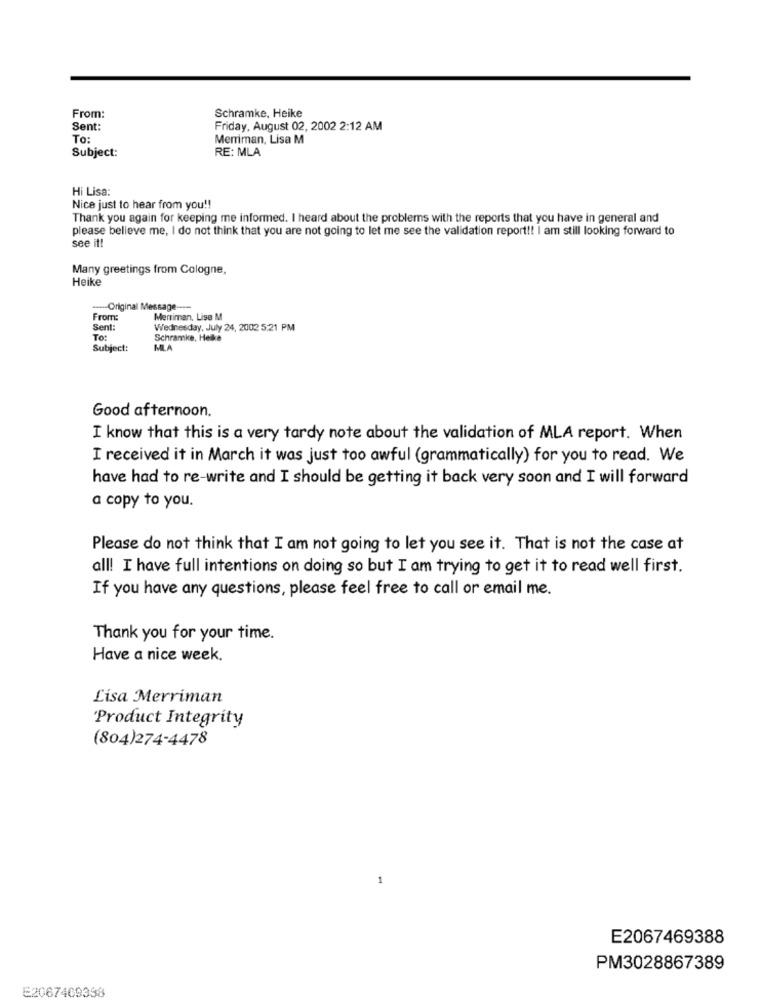
From:
Schramke, Heike
Sent:
Friday, August 02, 2002 2:12 AM
To:
Merriman, Lisa M
Subject:
RE: MLA
Hi Lisa:
Nice just to hear from you !!
Thank you again for keeping me informed. I heard about the problems with the reports that you have in general and
please believe me, I do not think that you are not going to let me see the validation report !! I am still looking forward to
see it!
Many greetings from Cologne,
Heike
--- Original Message-
From:
Merriman, Lise M
Sen
Wednesday, July 24, 2002 5:21 PM
To:
Schranke, Heike
Subject:
MLA
Good afternoon.
I know that this is a very tardy note about the validation of MLA report. When
I received it in March it was just too awful (grammatically) for you to read. We
have had to re-write and I should be getting it back very soon and I will forward
a copy to you.
Please do not think that I am not going to let you see it. That is not the case at
all! I have full intentions on doing so but I am trying to get it to read well first.
If you have any questions, please feel free to call or email me.
Thank you for your time.
Have a nice week.
Lisa Merriman
Product Integrity
(804)274-4478
E2067469388
PM3028867389
E2067409398